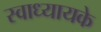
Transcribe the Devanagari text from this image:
स्‍वाध्‍यायके